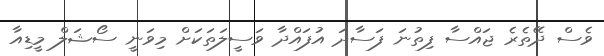
ވެސް ދޭތެރެ ޖައްސާ ފިތުނަ ފަސާދަ އުފައްދާ ވަސީލަތަކަށް މިވަނީ ސޯޝަލް މީޑިއާ